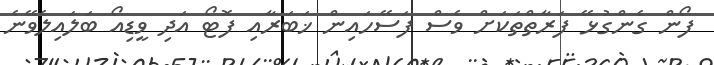
ފޯން ގެންގުޅޭ ފަރާތްތަކަށް ވެސް ފަަސޭހައިން ޚަބަރާއި ފޮޓޯ އަދި ވީޑިއޯ ބަލައިލެވޭނެ